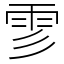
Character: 𩁺